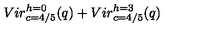
{ V i r _ { c = 4 / 5 } ^ { h = 0 } ( q ) + V i r _ { c = 4 / 5 } ^ { h = 3 } ( q ) }